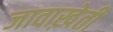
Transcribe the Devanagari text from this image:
जावाख़ेती